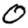
Digit: 0